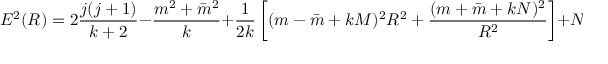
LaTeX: E ^ { 2 } ( R ) = 2 { \frac { j ( j + 1 ) } { k + 2 } } - { \frac { m ^ { 2 } + \bar { m } ^ { 2 } } { k } } + { \frac { 1 } { 2 k } } \left[ ( m - \bar { m } + k M ) ^ { 2 } R ^ { 2 } + { \frac { ( m + \bar { m } + k N ) ^ { 2 } } { R ^ { 2 } } } \right] + N ^ { \prime } + \bar { N } ^ { \prime }